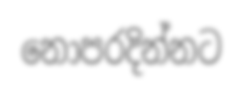
නොපරදින්නට